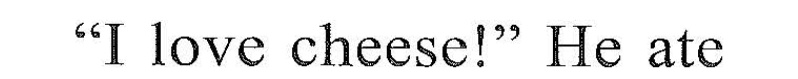
l lovc cheese!""He ate up al! the sup. Ⅳ.Read and choose.〔读句子,逃择最佳难项完成句子.l ( )1.Cius only wank_ A. yellow checsel 3. Hiun gherseC.Cheese ( :2,Cìus __beans,tcmstes er gasta. A.would like IB. Wank. c. would not ike 〔 Ciudcrella madc some A. pusta B.Soup___C. Bcats_ ( )4.Cinderella addad sarme chese n the A.pustm B. BcansC. Saup ( )5.Cius ar up all the _ A. pasta aad beans H, beans wd to matocs C.saup with eheuw: